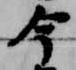
今